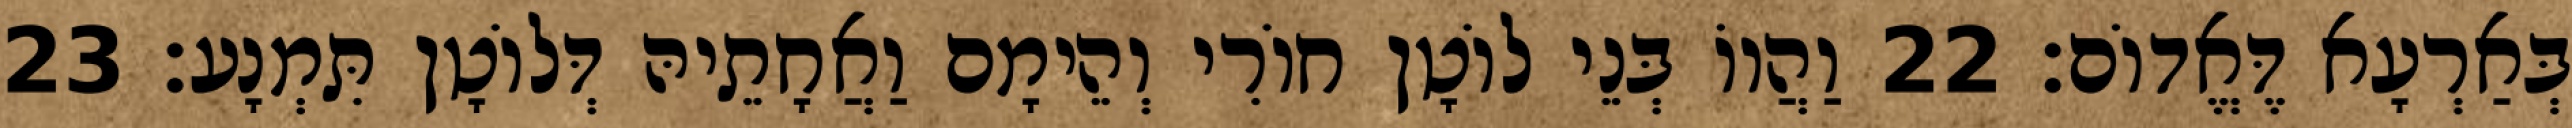
בְּאַרְעָא דֶּאֱדוֹם׃ 22 וַהֲווֹ בְּנֵי לוֹטָן חוֹרִי וְהֵימָם וַאֲחָתֵיהּ דְּלוֹטָן תִּמְנָע׃ 23